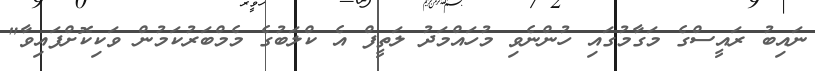
ނައިބު ރައީސްގެ މަގާމުގައި ހުންނެވި މުހައްމަދު ލަތީފް އެ ކްލަބުގެ މެމްބަރުކަމުން ވަކިކޮށްފައިވާ"